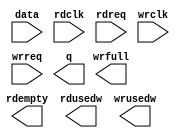
// megafunction wizard: %FIFO%VBB%
// GENERATION: STANDARD
// VERSION: WM1.0
// MODULE: dcfifo_mixed_widths 

// ============================================================
// Megafunction Name(s):
// 			dcfifo_mixed_widths
//
// Simulation Library Files(s):
// 			altera_mf
// ============================================================
// ************************************************************
// THIS IS A WIZARD-GENERATED FILE. DO NOT EDIT THIS FILE!
//
// 13.0.0 Build 156 04/24/2013 SJ Full Version
// ************************************************************

//Copyright (C) 1991-2013 Altera Corporation
//Your use of Altera Corporation's design tools, logic functions 
//and other software and tools, and its AMPP partner logic 
//functions, and any output files from any of the foregoing 
//(including device programming or simulation files), and any 
//associated documentation or information are expressly subject 
//to the terms and conditions of the Altera Program License 
//Subscription Agreement, Altera MegaCore Function License 
//Agreement, or other applicable license agreement, including, 
//without limitation, that your use is for the sole purpose of 
//programming logic devices manufactured by Altera and sold by 
//Altera or its authorized distributors.  Please refer to the 
//applicable agreement for further details.

module fifo_tx (
	data,
	rdclk,
	rdreq,
	wrclk,
	wrreq,
	q,
	rdempty,
	rdusedw,
	wrfull,
	wrusedw);

	input	[15:0]  data;
	input	  rdclk;
	input	  rdreq;
	input	  wrclk;
	input	  wrreq;
	output	[7:0]  q;
	output	  rdempty;
	output	[15:0]  rdusedw;
	output	  wrfull;
	output	[14:0]  wrusedw;

endmodule

// ============================================================
// CNX file retrieval info
// ============================================================
// Retrieval info: PRIVATE: AlmostEmpty NUMERIC "0"
// Retrieval info: PRIVATE: AlmostEmptyThr NUMERIC "-1"
// Retrieval info: PRIVATE: AlmostFull NUMERIC "0"
// Retrieval info: PRIVATE: AlmostFullThr NUMERIC "-1"
// Retrieval info: PRIVATE: CLOCKS_ARE_SYNCHRONIZED NUMERIC "0"
// Retrieval info: PRIVATE: Clock NUMERIC "4"
// Retrieval info: PRIVATE: Depth NUMERIC "16384"
// Retrieval info: PRIVATE: Empty NUMERIC "1"
// Retrieval info: PRIVATE: Full NUMERIC "1"
// Retrieval info: PRIVATE: INTENDED_DEVICE_FAMILY STRING "Cyclone IV E"
// Retrieval info: PRIVATE: LE_BasedFIFO NUMERIC "0"
// Retrieval info: PRIVATE: LegacyRREQ NUMERIC "0"
// Retrieval info: PRIVATE: MAX_DEPTH_BY_9 NUMERIC "0"
// Retrieval info: PRIVATE: OVERFLOW_CHECKING NUMERIC "0"
// Retrieval info: PRIVATE: Optimize NUMERIC "0"
// Retrieval info: PRIVATE: RAM_BLOCK_TYPE NUMERIC "0"
// Retrieval info: PRIVATE: SYNTH_WRAPPER_GEN_POSTFIX STRING "0"
// Retrieval info: PRIVATE: UNDERFLOW_CHECKING NUMERIC "0"
// Retrieval info: PRIVATE: UsedW NUMERIC "1"
// Retrieval info: PRIVATE: Width NUMERIC "16"
// Retrieval info: PRIVATE: dc_aclr NUMERIC "0"
// Retrieval info: PRIVATE: diff_widths NUMERIC "1"
// Retrieval info: PRIVATE: msb_usedw NUMERIC "1"
// Retrieval info: PRIVATE: output_width NUMERIC "8"
// Retrieval info: PRIVATE: rsEmpty NUMERIC "1"
// Retrieval info: PRIVATE: rsFull NUMERIC "0"
// Retrieval info: PRIVATE: rsUsedW NUMERIC "1"
// Retrieval info: PRIVATE: sc_aclr NUMERIC "0"
// Retrieval info: PRIVATE: sc_sclr NUMERIC "0"
// Retrieval info: PRIVATE: wsEmpty NUMERIC "0"
// Retrieval info: PRIVATE: wsFull NUMERIC "1"
// Retrieval info: PRIVATE: wsUsedW NUMERIC "1"
// Retrieval info: LIBRARY: altera_mf altera_mf.altera_mf_components.all
// Retrieval info: CONSTANT: ADD_USEDW_MSB_BIT STRING "ON"
// Retrieval info: CONSTANT: INTENDED_DEVICE_FAMILY STRING "Cyclone IV E"
// Retrieval info: CONSTANT: LPM_NUMWORDS NUMERIC "16384"
// Retrieval info: CONSTANT: LPM_SHOWAHEAD STRING "ON"
// Retrieval info: CONSTANT: LPM_TYPE STRING "dcfifo_mixed_widths"
// Retrieval info: CONSTANT: LPM_WIDTH NUMERIC "16"
// Retrieval info: CONSTANT: LPM_WIDTHU NUMERIC "15"
// Retrieval info: CONSTANT: LPM_WIDTHU_R NUMERIC "16"
// Retrieval info: CONSTANT: LPM_WIDTH_R NUMERIC "8"
// Retrieval info: CONSTANT: OVERFLOW_CHECKING STRING "ON"
// Retrieval info: CONSTANT: RDSYNC_DELAYPIPE NUMERIC "4"
// Retrieval info: CONSTANT: UNDERFLOW_CHECKING STRING "ON"
// Retrieval info: CONSTANT: USE_EAB STRING "ON"
// Retrieval info: CONSTANT: WRSYNC_DELAYPIPE NUMERIC "4"
// Retrieval info: USED_PORT: data 0 0 16 0 INPUT NODEFVAL "data[15..0]"
// Retrieval info: USED_PORT: q 0 0 8 0 OUTPUT NODEFVAL "q[7..0]"
// Retrieval info: USED_PORT: rdclk 0 0 0 0 INPUT NODEFVAL "rdclk"
// Retrieval info: USED_PORT: rdempty 0 0 0 0 OUTPUT NODEFVAL "rdempty"
// Retrieval info: USED_PORT: rdreq 0 0 0 0 INPUT NODEFVAL "rdreq"
// Retrieval info: USED_PORT: rdusedw 0 0 16 0 OUTPUT NODEFVAL "rdusedw[15..0]"
// Retrieval info: USED_PORT: wrclk 0 0 0 0 INPUT NODEFVAL "wrclk"
// Retrieval info: USED_PORT: wrfull 0 0 0 0 OUTPUT NODEFVAL "wrfull"
// Retrieval info: USED_PORT: wrreq 0 0 0 0 INPUT NODEFVAL "wrreq"
// Retrieval info: USED_PORT: wrusedw 0 0 15 0 OUTPUT NODEFVAL "wrusedw[14..0]"
// Retrieval info: CONNECT: @data 0 0 16 0 data 0 0 16 0
// Retrieval info: CONNECT: @rdclk 0 0 0 0 rdclk 0 0 0 0
// Retrieval info: CONNECT: @rdreq 0 0 0 0 rdreq 0 0 0 0
// Retrieval info: CONNECT: @wrclk 0 0 0 0 wrclk 0 0 0 0
// Retrieval info: CONNECT: @wrreq 0 0 0 0 wrreq 0 0 0 0
// Retrieval info: CONNECT: q 0 0 8 0 @q 0 0 8 0
// Retrieval info: CONNECT: rdempty 0 0 0 0 @rdempty 0 0 0 0
// Retrieval info: CONNECT: rdusedw 0 0 16 0 @rdusedw 0 0 16 0
// Retrieval info: CONNECT: wrfull 0 0 0 0 @wrfull 0 0 0 0
// Retrieval info: CONNECT: wrusedw 0 0 15 0 @wrusedw 0 0 15 0
// Retrieval info: GEN_FILE: TYPE_NORMAL fifo_tx.v TRUE
// Retrieval info: GEN_FILE: TYPE_NORMAL fifo_tx.inc FALSE
// Retrieval info: GEN_FILE: TYPE_NORMAL fifo_tx.cmp FALSE
// Retrieval info: GEN_FILE: TYPE_NORMAL fifo_tx.bsf FALSE
// Retrieval info: GEN_FILE: TYPE_NORMAL fifo_tx_inst.v FALSE
// Retrieval info: GEN_FILE: TYPE_NORMAL fifo_tx_bb.v TRUE
// Retrieval info: LIB_FILE: altera_mf